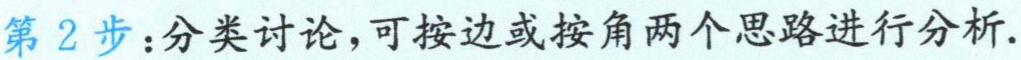
第 2 步：分类讨论，可按边或按角两个思路进行分析.